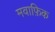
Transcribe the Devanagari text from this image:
मवाफ़िक